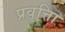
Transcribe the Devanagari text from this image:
प्रवृत्तिा